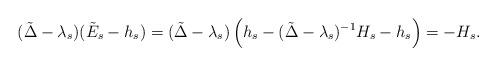
LaTeX: \begin{align*}(\tilde\Delta - \lambda_s)(\tilde E_s-h_s) = (\tilde \Delta-\lambda_s)\left(h_s-(\tilde\Delta-\lambda_s)^{-1}H_s - h_s\right)=-H_s.\end{align*}